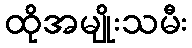
ထိုအမျိုးသမီး